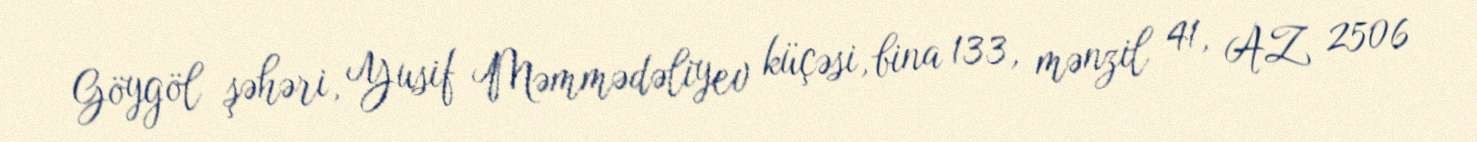
Göygöl şəhəri, Yusif Məmmədəliyev küçəsi, bina 133, mənzil 41, AZ 2506